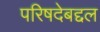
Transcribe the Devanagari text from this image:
परिषदेबद्दल